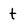
Character: t